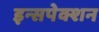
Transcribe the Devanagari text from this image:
इन्सपेक्शन